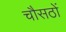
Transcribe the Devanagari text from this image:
चौसठों